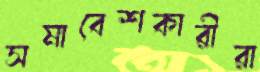
সমাবেশকারীরা